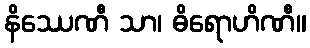
နိဿေဏီ သာ၊ ဓိရောဟိဏီ။